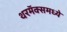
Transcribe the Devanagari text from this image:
थरमॅक्समध्ये